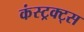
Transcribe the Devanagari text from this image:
कंस्ट्रक्ट्स